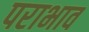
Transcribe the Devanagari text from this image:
पराभाव